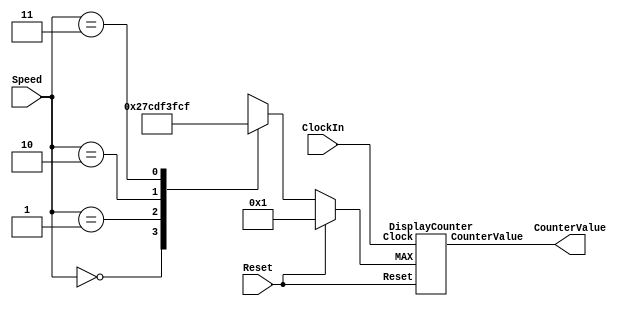


module part2(ClockIn, Reset, Speed, CounterValue);

    input ClockIn, Reset;
    input [1:0] Speed;
    output [3:0] CounterValue;
    reg [10:0] MAX;

        always @(Speed, Reset)
        begin
            if(Reset) MAX = 11'b1;
            else
                begin
                    case(Speed)
                        2'b00: MAX = 11'b1;
                        2'b01: MAX = 11'd499;
                        2'b10: MAX = 11'd999;
                        2'b11: MAX = 11'd1999;
                    endcase
                end
        end
   DisplayCounter u1(.Clock(ClockIn), .MAX(MAX), .CounterValue(CounterValue), .Reset(Reset));

endmodule


module RateDivider(Clock, MAX, Enable, Reset);

    input Clock, Reset;
    input [10:0] MAX;
    output Enable;

    reg [10:0] counter = 0;
    reg En = 0;
    assign Enable = En;
    
    always @(posedge Clock)
    begin
        if (Reset || MAX == 1)
            En <= ~En;
        else if (counter)
            begin
                counter <= counter - 1;
                En <= 0;
            end
        else
            begin
                counter <= MAX;
                En <= 1;
            end
    end
    
    always @(negedge Clock)
        begin
            if(Reset || MAX == 1)
                En <= ~En;
        end
        
endmodule


module DisplayCounter(Clock, CounterValue, MAX, Reset);

input Clock, Reset;
input [10:0] MAX;
output reg [3:0] CounterValue;
wire w1;
    
    RateDivider u2(.Clock(Clock), .MAX(MAX), .Enable(En), .Reset(Reset));
    
    always @(posedge En, posedge Reset)
        begin
            if (Reset)
                CounterValue <= 0;
            else if(CounterValue == 4'b1111)
                CounterValue <= 0;
            else
                CounterValue <= CounterValue + 1;
        end
    
endmodule